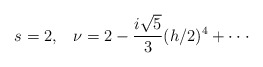
\begin{align*}s=2,\;\;\;\nu=2-\frac{i\sqrt{5}}{3}(h/2)^4+\cdot\cdot\cdot\end{align*}